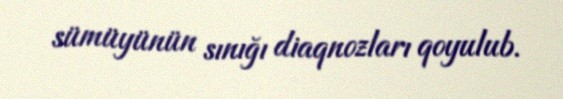
sümüyünün sınığı diaqnozları qoyulub.